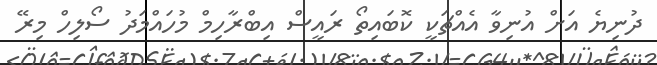
ދުނިޔެ އަށް އުނިވާ އެއްޗަކީ ކޮބައިތޯ ރައީސް އިބްރާހިމް މުހައްމަދު ސޯލިހް މިރޭ